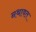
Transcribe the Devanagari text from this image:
नथावत